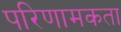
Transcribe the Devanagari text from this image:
परिणामकता